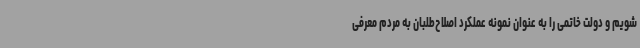
شویم و دولت خاتمی را به عنوان نمونه عملکرد اصلاح‌طلبان به مردم معرفی